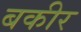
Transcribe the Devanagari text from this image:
बकीर